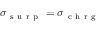
\sigma _ { \mathrm { ~ s ~ u ~ r ~ p ~ } } = \sigma _ { \mathrm { ~ c ~ h ~ r ~ g ~ } }